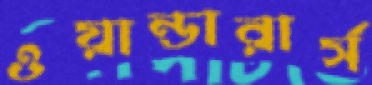
ওয়ান্ডারার্স